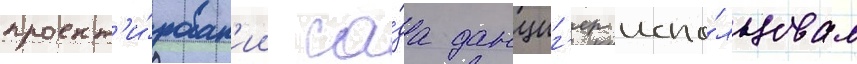
проект'и́рован'ии са́да данциг'ер испо́льзовал